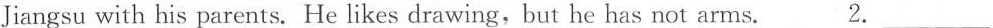
Jiangsu with his parents. He likes drawing,but he has not arms. 2.___